Trukikaitis_Postimees, lk 117
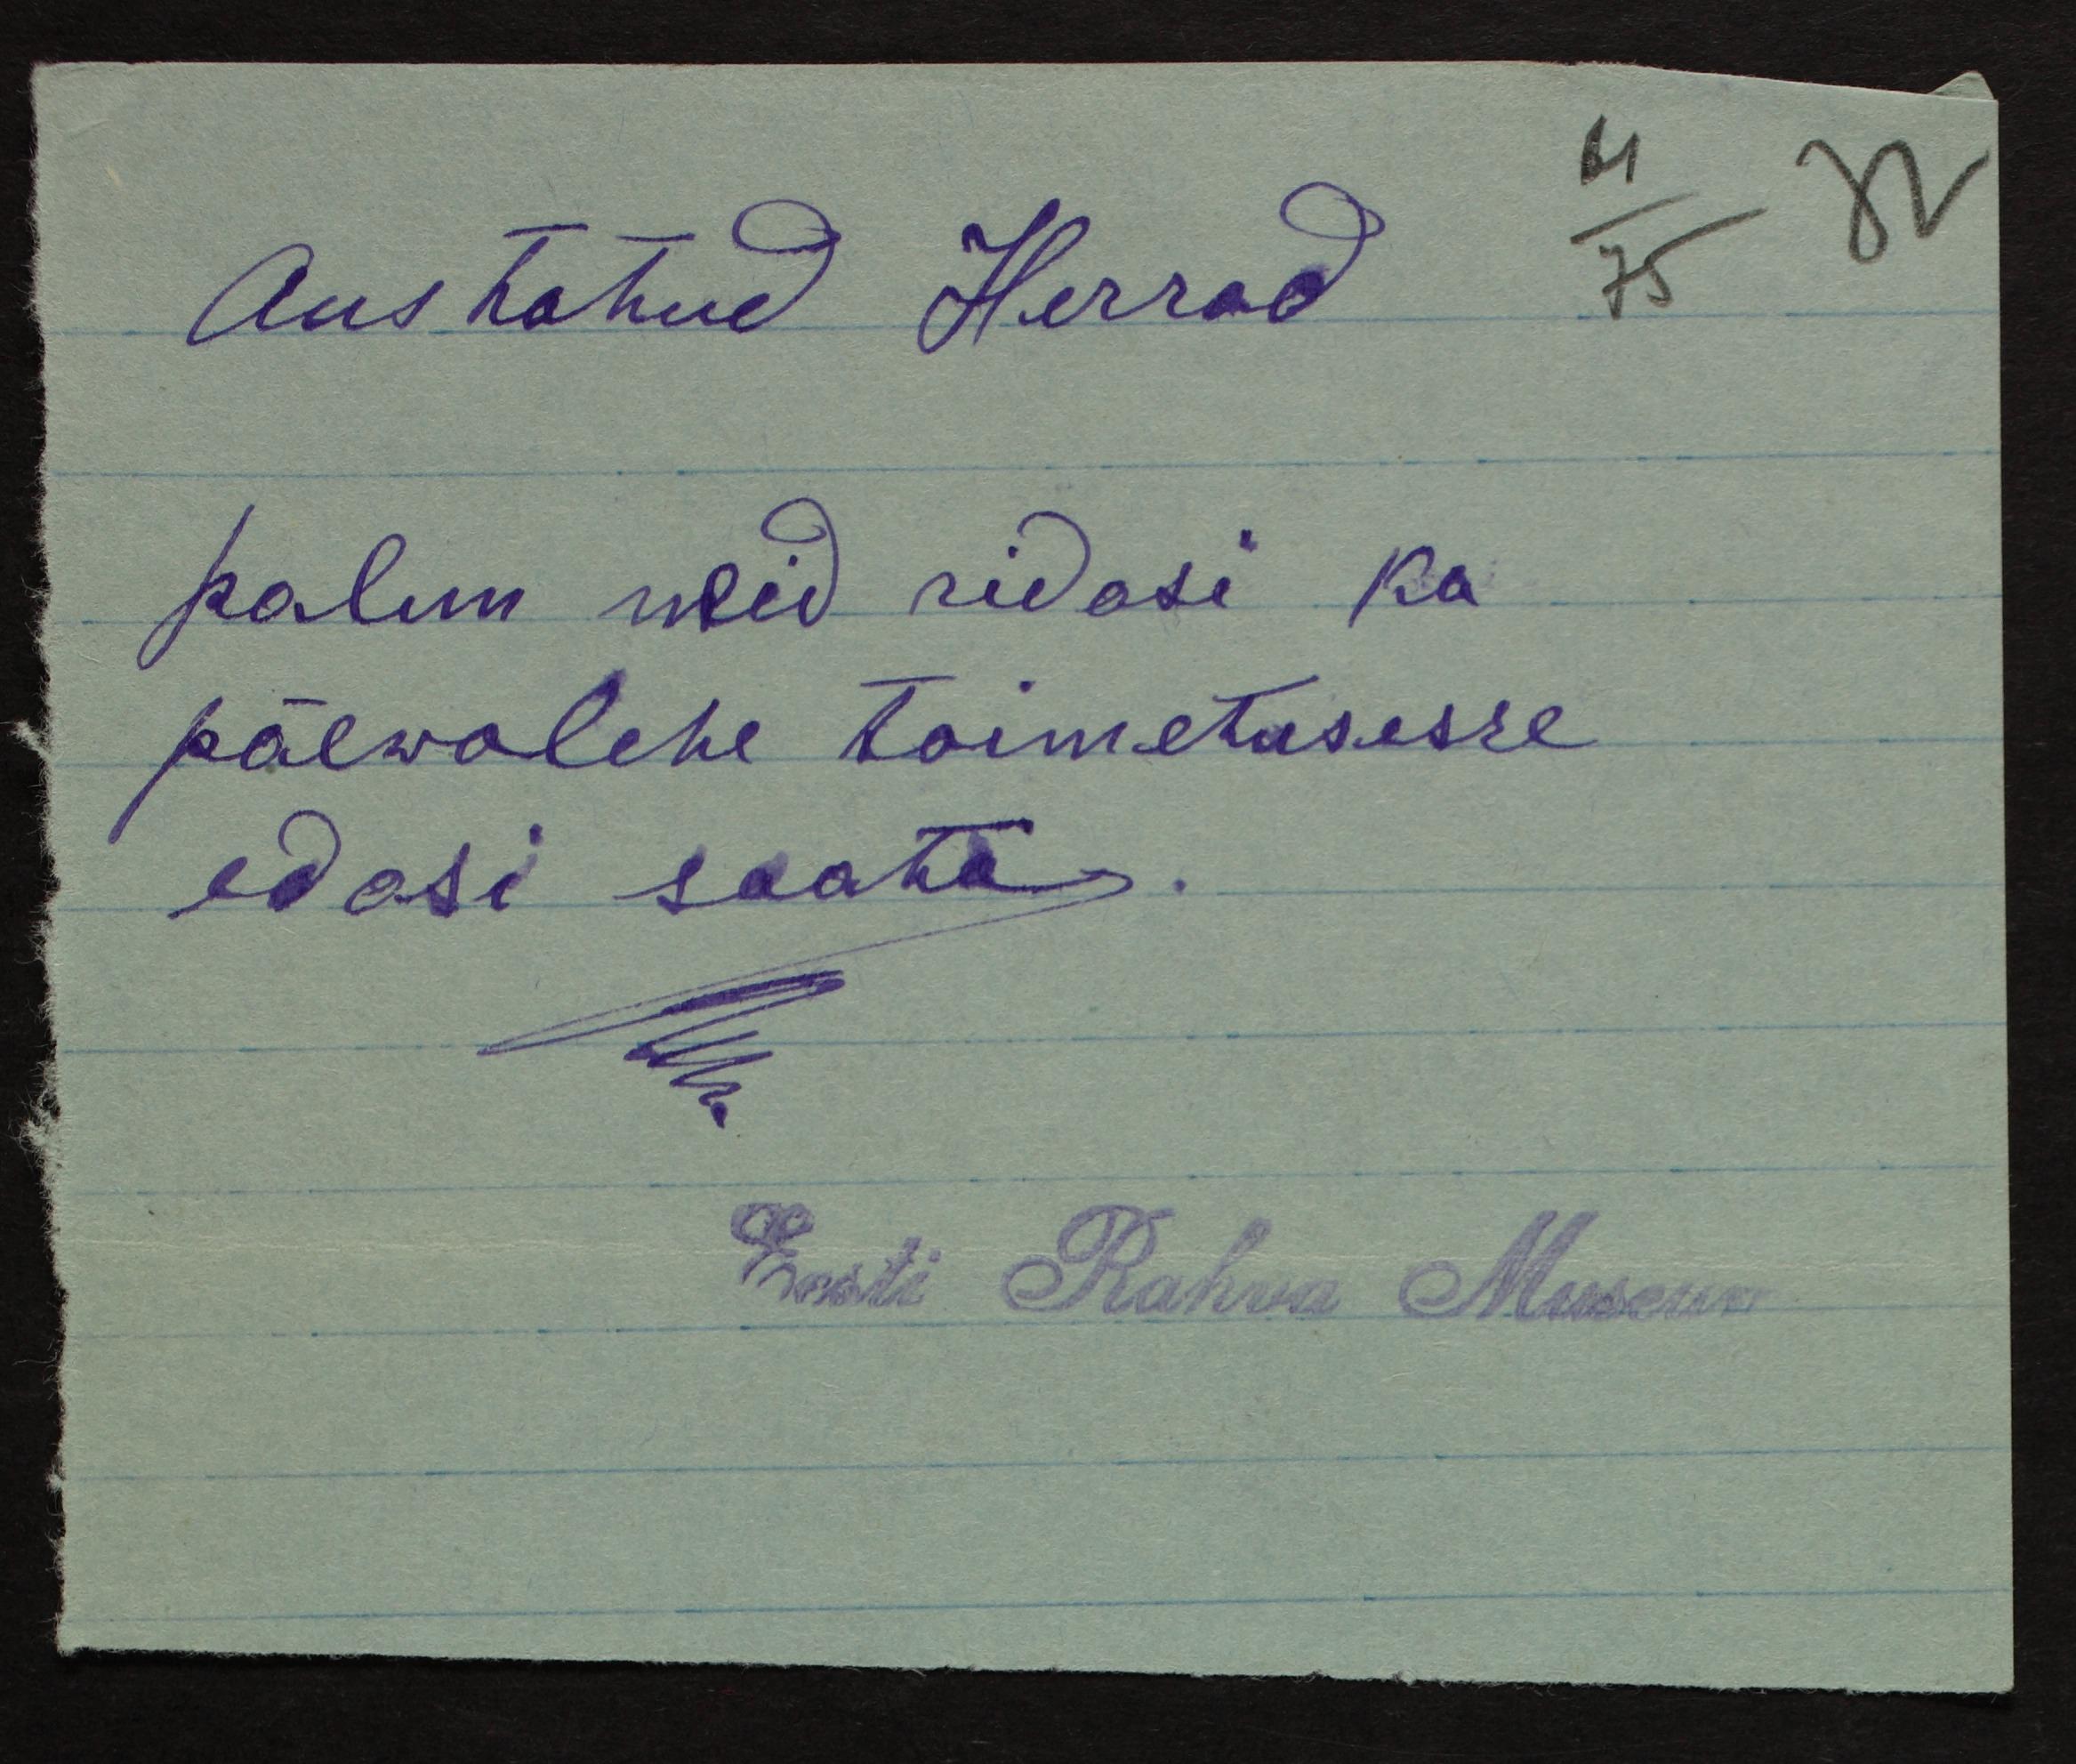
Austatud Herrad
palun neid ridasi ka
päewalehe toimetusesse
edasi saata.
Eesti Rahva Museum